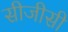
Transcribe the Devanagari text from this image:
सीजीसी